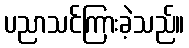
ပညာသင်ကြားခဲ့သည်။